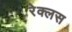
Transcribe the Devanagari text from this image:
रेक्लस